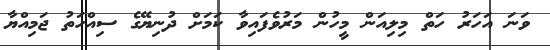
ވަނަ އަހަރު ހަތް މިލިއަން މީހުން މަރުވެފައިވާ ކަމަށް ދުނިޔޭގެ ސިއްހަތު ޖަމިއްޔާ